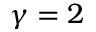
\gamma = 2